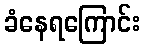
ခံနေရကြောင်း